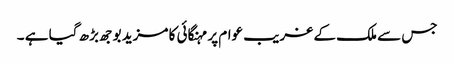
جس سے ملک کے غریب عوام پر مہنگائی کا مزید بوجھ بڑھ گیا ہے ۔